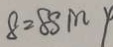
8 = 8 \sin